Vaccine operations Central Provinces 1868-1885 - 1868-1885
Year: 1868
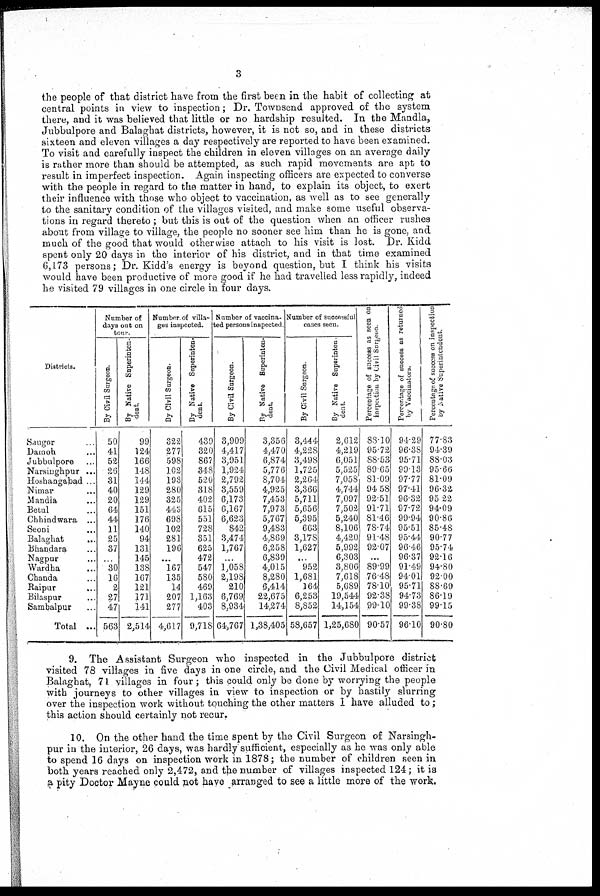
3
the people of that district have from the first been in the habit of collecting at
central points in view to inspection; Dr. Townsend approved of the system
there, and it was believed that little or no hardship resulted. In the Mandla,
Jubbulpore and Balaghat districts, however, it is not so, and in these districts
sixteen and eleven villages a day respectively are reported to have been examined.
To visit and carefully inspect the children in eleven villages on an average daily
is rather more than should be attempted, as such rapid movements are apt to
result in imperfect inspection. Again inspecting officers are expected to converse
with the people in regard to the matter in hand, to explain its object, to exert
their influence with those who object to vaccination, as well as to see generally
to the sanitarv condition of the villages visited, and make some useful observa-
tions in regard thereto; but this is out of the question when an officer rushes
about from village to village, the people no sooner see him than he is gone, and
much of the good that would otherwise attach to his visit is lost. Dr. Kidd
spent only 20 days in the interior of his district, and in that time examined
6,173 persons; Dr. Kidd's energy is beyond question, but I think his visits
would have been productive of mora good if he had travelled less rapidly, indeed
he visited 79 villages in one circle in four days.
Districts.
Saugor... ...
Damoh... ...
Jubbulpore... ...
Narsinghpur... ... ...
Hoshangabad... ...
Nimar... ...
Mandla... ...
Betul... ...
Chhindwara... ... ...
Seoni... ...
Balaghat... ...
Bhandara... ...
Nagpur... ...
Wardha... ...
Chanda... ...
Raipur... ...
Bilaspur... ...
Sambalpur... ...
Total ...
Number of
days out on
tour.
By Civil Surgeon.
50
41
52
26
31
40
20
64
44
11
25
37
...
30
16
2
27
47
563
By Native Superinten-
dent.
99
124
166
148
144
129
129
151
176
140
94
131
145
138
167
121
171
141
2,514
Number of villa-
ges inspected.
By Civil Surgeon.
322
277
598
102
193
280
325
443
698
102
281
196
...
167
135
14
207
277
4,617
By Native Superinten-
dent.
439
320
867
348
520
318
402
615
551
728
351
625
472
547
580
469
1,163
403
9,718
Number of vaccina-
ted persons inspected.
By Civil Surgeon.
3,909
4,417
3,951
1,924
2,792
3,559
6,173
6,167
6,623
842
3,474
1,767
...
1,058
2,198
210
6,769
8,934
64,767
By Native Superinten-
dent.
3,356
4,470
6,874
5,776
8,704
4,925
7,453
7,973
5,767
9,483
4,869
6,258
6,839
4,015
8,280
6,414
22,675
14,274
1,38,405
Number of successful
cases seen.
By Civil Surgeon.
3,444
4,228
3,498
1,725
2,264
3,366
5,711
5,656
5,395
663
3,178
1,627
...
952
1,681
164
6,253
8,852
58,657
By Native Superinten-
dent.
2,612
4,219
6,051
5,525
7,058
4,744
7,097
7,502
5,240
8,106
4,420
5,992
6,303
3,806
7,618
5,689
19,544
14,154
1,25,680
Percentage of success as seen on
inspection by Civil Surgeon.
88.10
95.72
88.53
89.65
81.09
94.58
92.51
91.71
81.46
78.74
91.48
92.07
...
89.99
76.48
78.10
92.38
99.10
90.57
Percentage of success as returned
by Vaccinators.
94.29
96.38
95.71
99.13
97.77
97.41
96.32
97.72
99.94
95.51
95.44
96.46
96.37
91.49
94.01
95.71
94.73
99.38
96.10
Percentage of success on inspection
by Native Superintendent.
77.83
94.39
88.03
95.66
81.09
96.32
95.22
94.09
90.86
85.48
90.77
95.74
92.16
94.80
92.00
88.69
86.19
99.15
90.80
9. The Assistant Surgeon who inspected in the Jubbulpore district
visited 78 villages in five days in one circle, and the Civil Medical officer in
Balaghat, 71 villages in four ; this could only be done by worrying the people
with journeys to other villages in view to inspection or by hastily slurring
over the inspection work without touching the other matters 1 have alluded to;
this action should certainly not recur.
10. On the other hand the time spent by the Civil Surgeon of Narsingh-
pur in the interior, 26 days, was hardly sufficient, especially as he was only able
to spend 16 days on inspection work in 1878; the number of children seen in
both years reached only 2,472, and the number of villages inspected 124; it is
a pity Doctor Mayne could not have arranged to see a little more of the work.